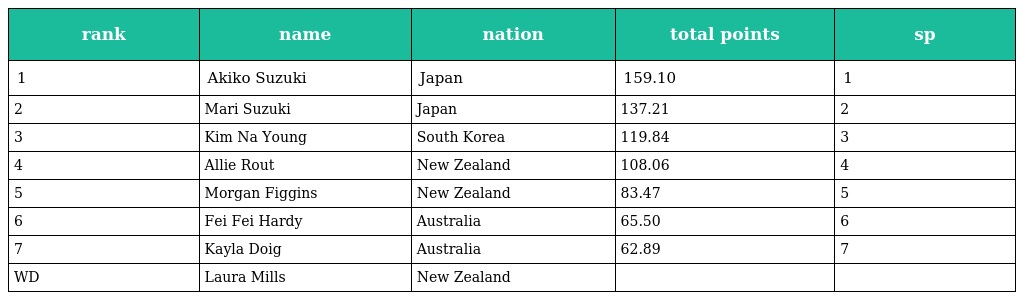
| rank | name | nation | total points | sp |
 | --- | --- | --- | --- | --- |
 | 1 | Akiko Suzuki | Japan | 159.10 | 1 |
 | 2 | Mari Suzuki | Japan | 137.21 | 2 |
 | 3 | Kim Na Young | South Korea | 119.84 | 3 |
 | 4 | Allie Rout | New Zealand | 108.06 | 4 |
 | 5 | Morgan Figgins | New Zealand | 83.47 | 5 |
 | 6 | Fei Fei Hardy | Australia | 65.50 | 6 |
 | 7 | Kayla Doig | Australia | 62.89 | 7 |
 | WD | Laura Mills | New Zealand |  |  |